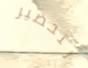
لتحضير